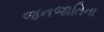
જનજાતિના